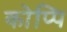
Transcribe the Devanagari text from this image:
कोप्पि